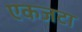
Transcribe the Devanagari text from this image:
एकजटा